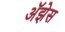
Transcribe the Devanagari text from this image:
अॅझेस